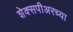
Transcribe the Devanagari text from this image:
शेक्सपीअरच्या